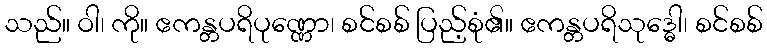
သည်။ ဝါ၊ ကို။ ဧကန္တပရိပုဏ္ဏော၊ စင်စစ် ပြည့်စုံ၏။ ဧကန္တပရိသုဒ္ဓေါ၊ စင်စစ်